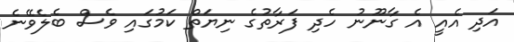
އަދި އެއީ އެ ގާނޫނު ހެދި ފަރާތުގެ ނިޔަތް ކަމުގައި ވެސް ބެލެވޭނެ